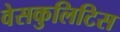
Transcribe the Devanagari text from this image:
वेसकुलिटिस